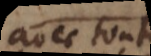
avec toutes